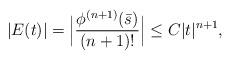
LaTeX: \begin{align*} |E(t)| =\Big| \frac{\phi^{(n+1)} (\bar s) }{(n+1) !} \Big| \leq C|t|^{n+1},\end{align*}